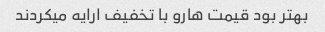
بهتر بود قیمت هارو با تخفیف ارایه میکردند